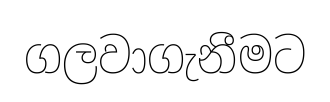
ගලවාගැනීමට